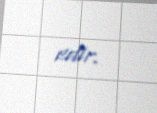
edir.